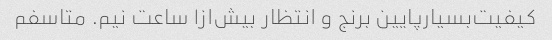
کیفیت‌بسیار‌پایین برنج و انتظار بیش‌از‌۱ ساعت نیم. متاسفم